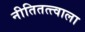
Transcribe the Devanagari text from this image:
नीतितत्त्वाला